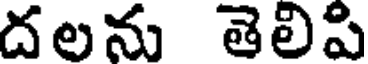
దలను తెలిపి